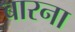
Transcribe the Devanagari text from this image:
बारना